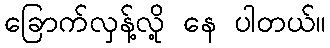
ခြောက်လှန့်လို့ နေ ပါတယ်။